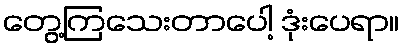
တွေ့ကြသေးတာပေါ့ ဒုံးပေရာ။